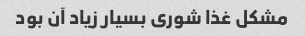
مشکل غذا شوری بسیار زیاد آن بود